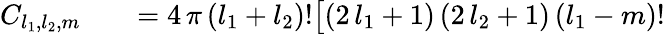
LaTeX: \begin{array}{rlr}{C_{l_{1},l_{2},m}}&{{}}&{=4\, \pi\, (l_{1}+l_{2})!\big[(2\, l_{1}+1)\, (2\, l_{2}+1)\, (l_{1}-m)!\, }\end{array}